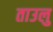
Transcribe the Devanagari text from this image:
ताउलु